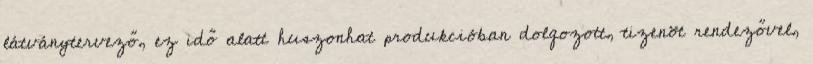
látványtervező, ez idő alatt huszonhat produkcióban dolgozott, tizenöt rendezővel,